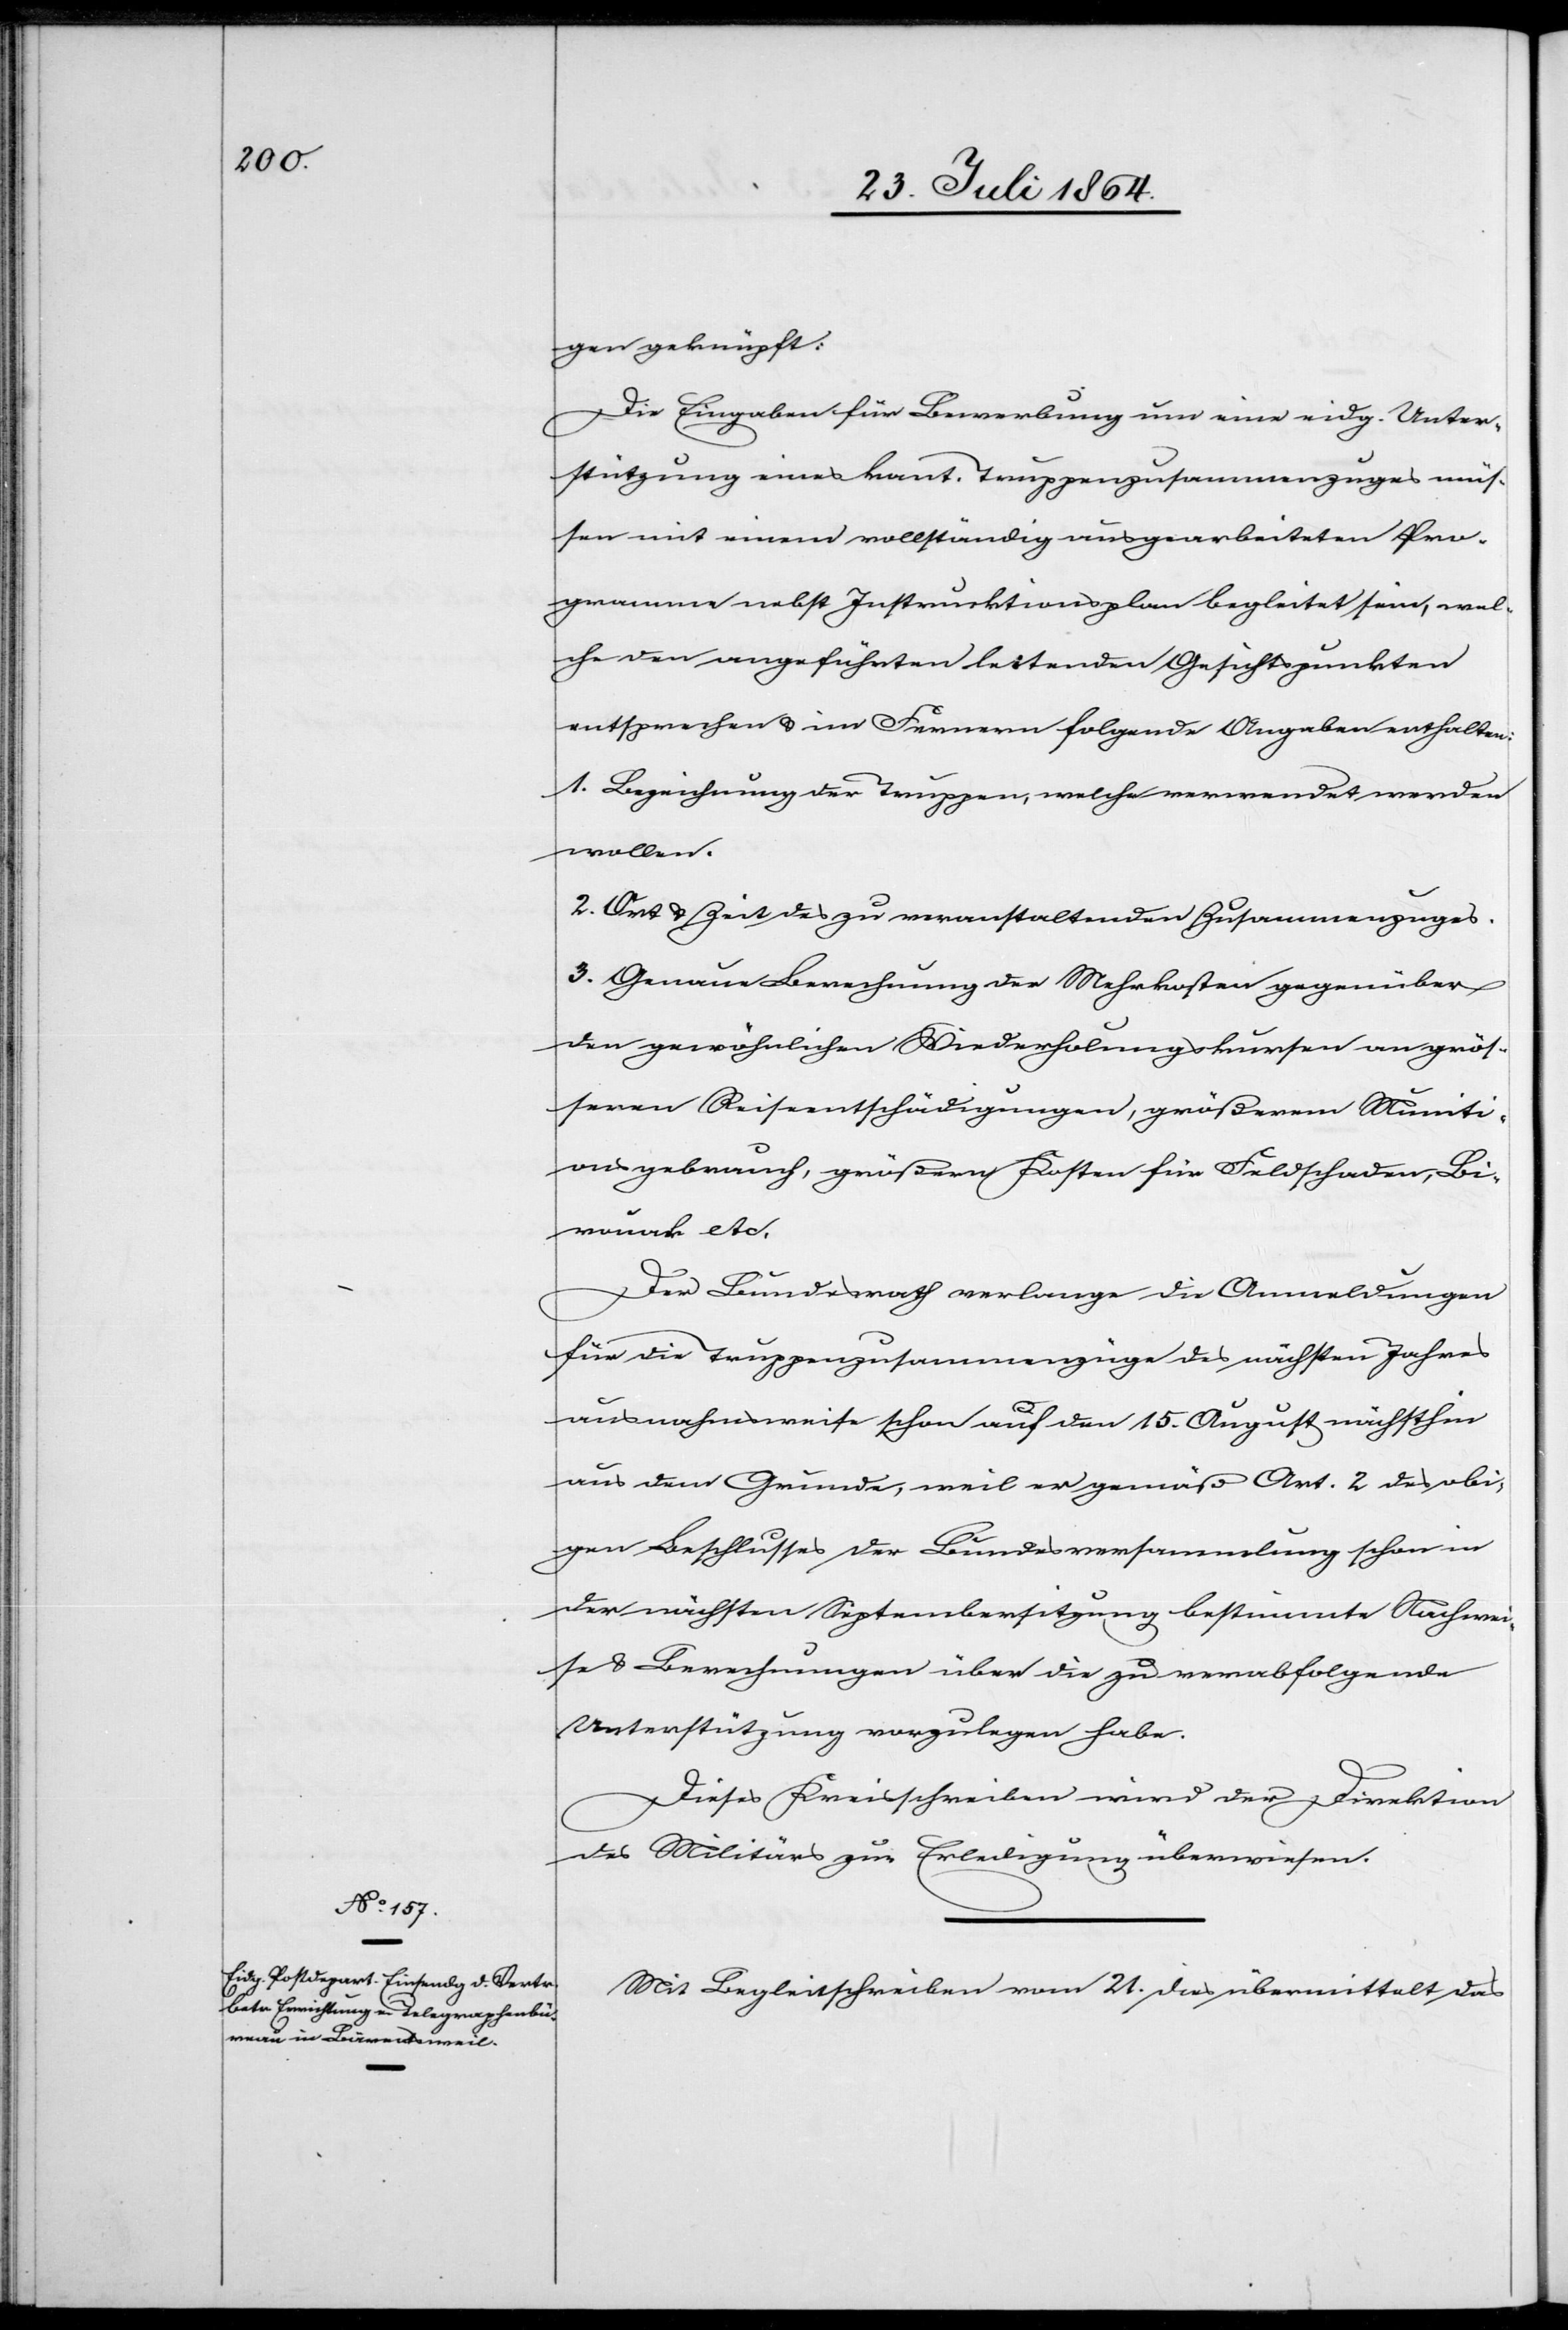
gen geknüpft:
Die Eingabe für Bewerbung um eine eidg. Unter¬
stützung eines kant. Truppenzusammenzuges müs¬
sen mit einem vollständig ausgearbeiteten Pro¬
gramm nebst Instruktionsplan begleitet sein, wel¬
che den angeführten leitenden Gesichtspunkten
entsprechen & im Fernern folgende Angaben enthalten:
1. Bezeichnung der Truppen, welche verwendet werden
wollen.
2. Art & Zeit des zu veranstaltenden Zusammenzuges.
3. Genaue Berechnung der Mehrkosten gegenüber
den gewöhnlichen Wiederholungskursen an grös¬
seren Reiseentschädigungen, größerem Muniti¬
onsgebrauch, größeren Kosten für Feldschaden, Bi¬
wuak etc.
Der Bundesrath verlange die Anmeldungen
für die Truppenzusammenzüge des nächsten Jahres
ausnahmsweise schon auf den 15. August nächsthin
aus dem Grunde, weil er gemäß Art. 2 des obi¬
gen Beschlusses der Bundesversammlung schon in
der nächsten Septembersitzung bestimmte Nachwei¬
se & Berechnungen über die zu verabfolgende
Unterstützung vorzulegen habe.
Dieses Kreisschreiben wird der Direktion
des Militärs zur Erledigung überwiesen.
Mit Begleitschreiben vom 21. dies übermittelt das